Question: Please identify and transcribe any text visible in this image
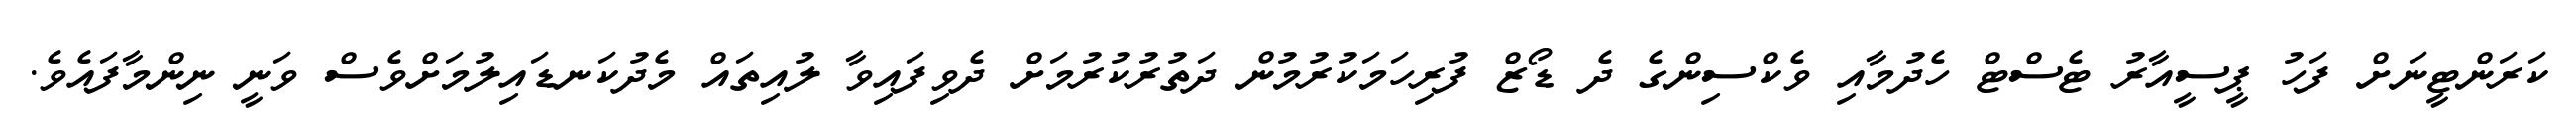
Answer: ކަރަންޓީނަށް ފަހު ޕީސީއާރު ޓެސްޓް ހެދުމާއި ވެކްސިންގެ ދެ ޑޯޒް ފުރިހަމަކުރުމުން ދަތުރުކުރުމަށް ދެވިފައިވާ ލުއިތައް މެދުކަނޑައިލުމަށްވެސް ވަނީ ނިންމާފައެވެ.